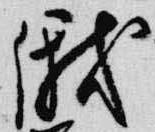
俄